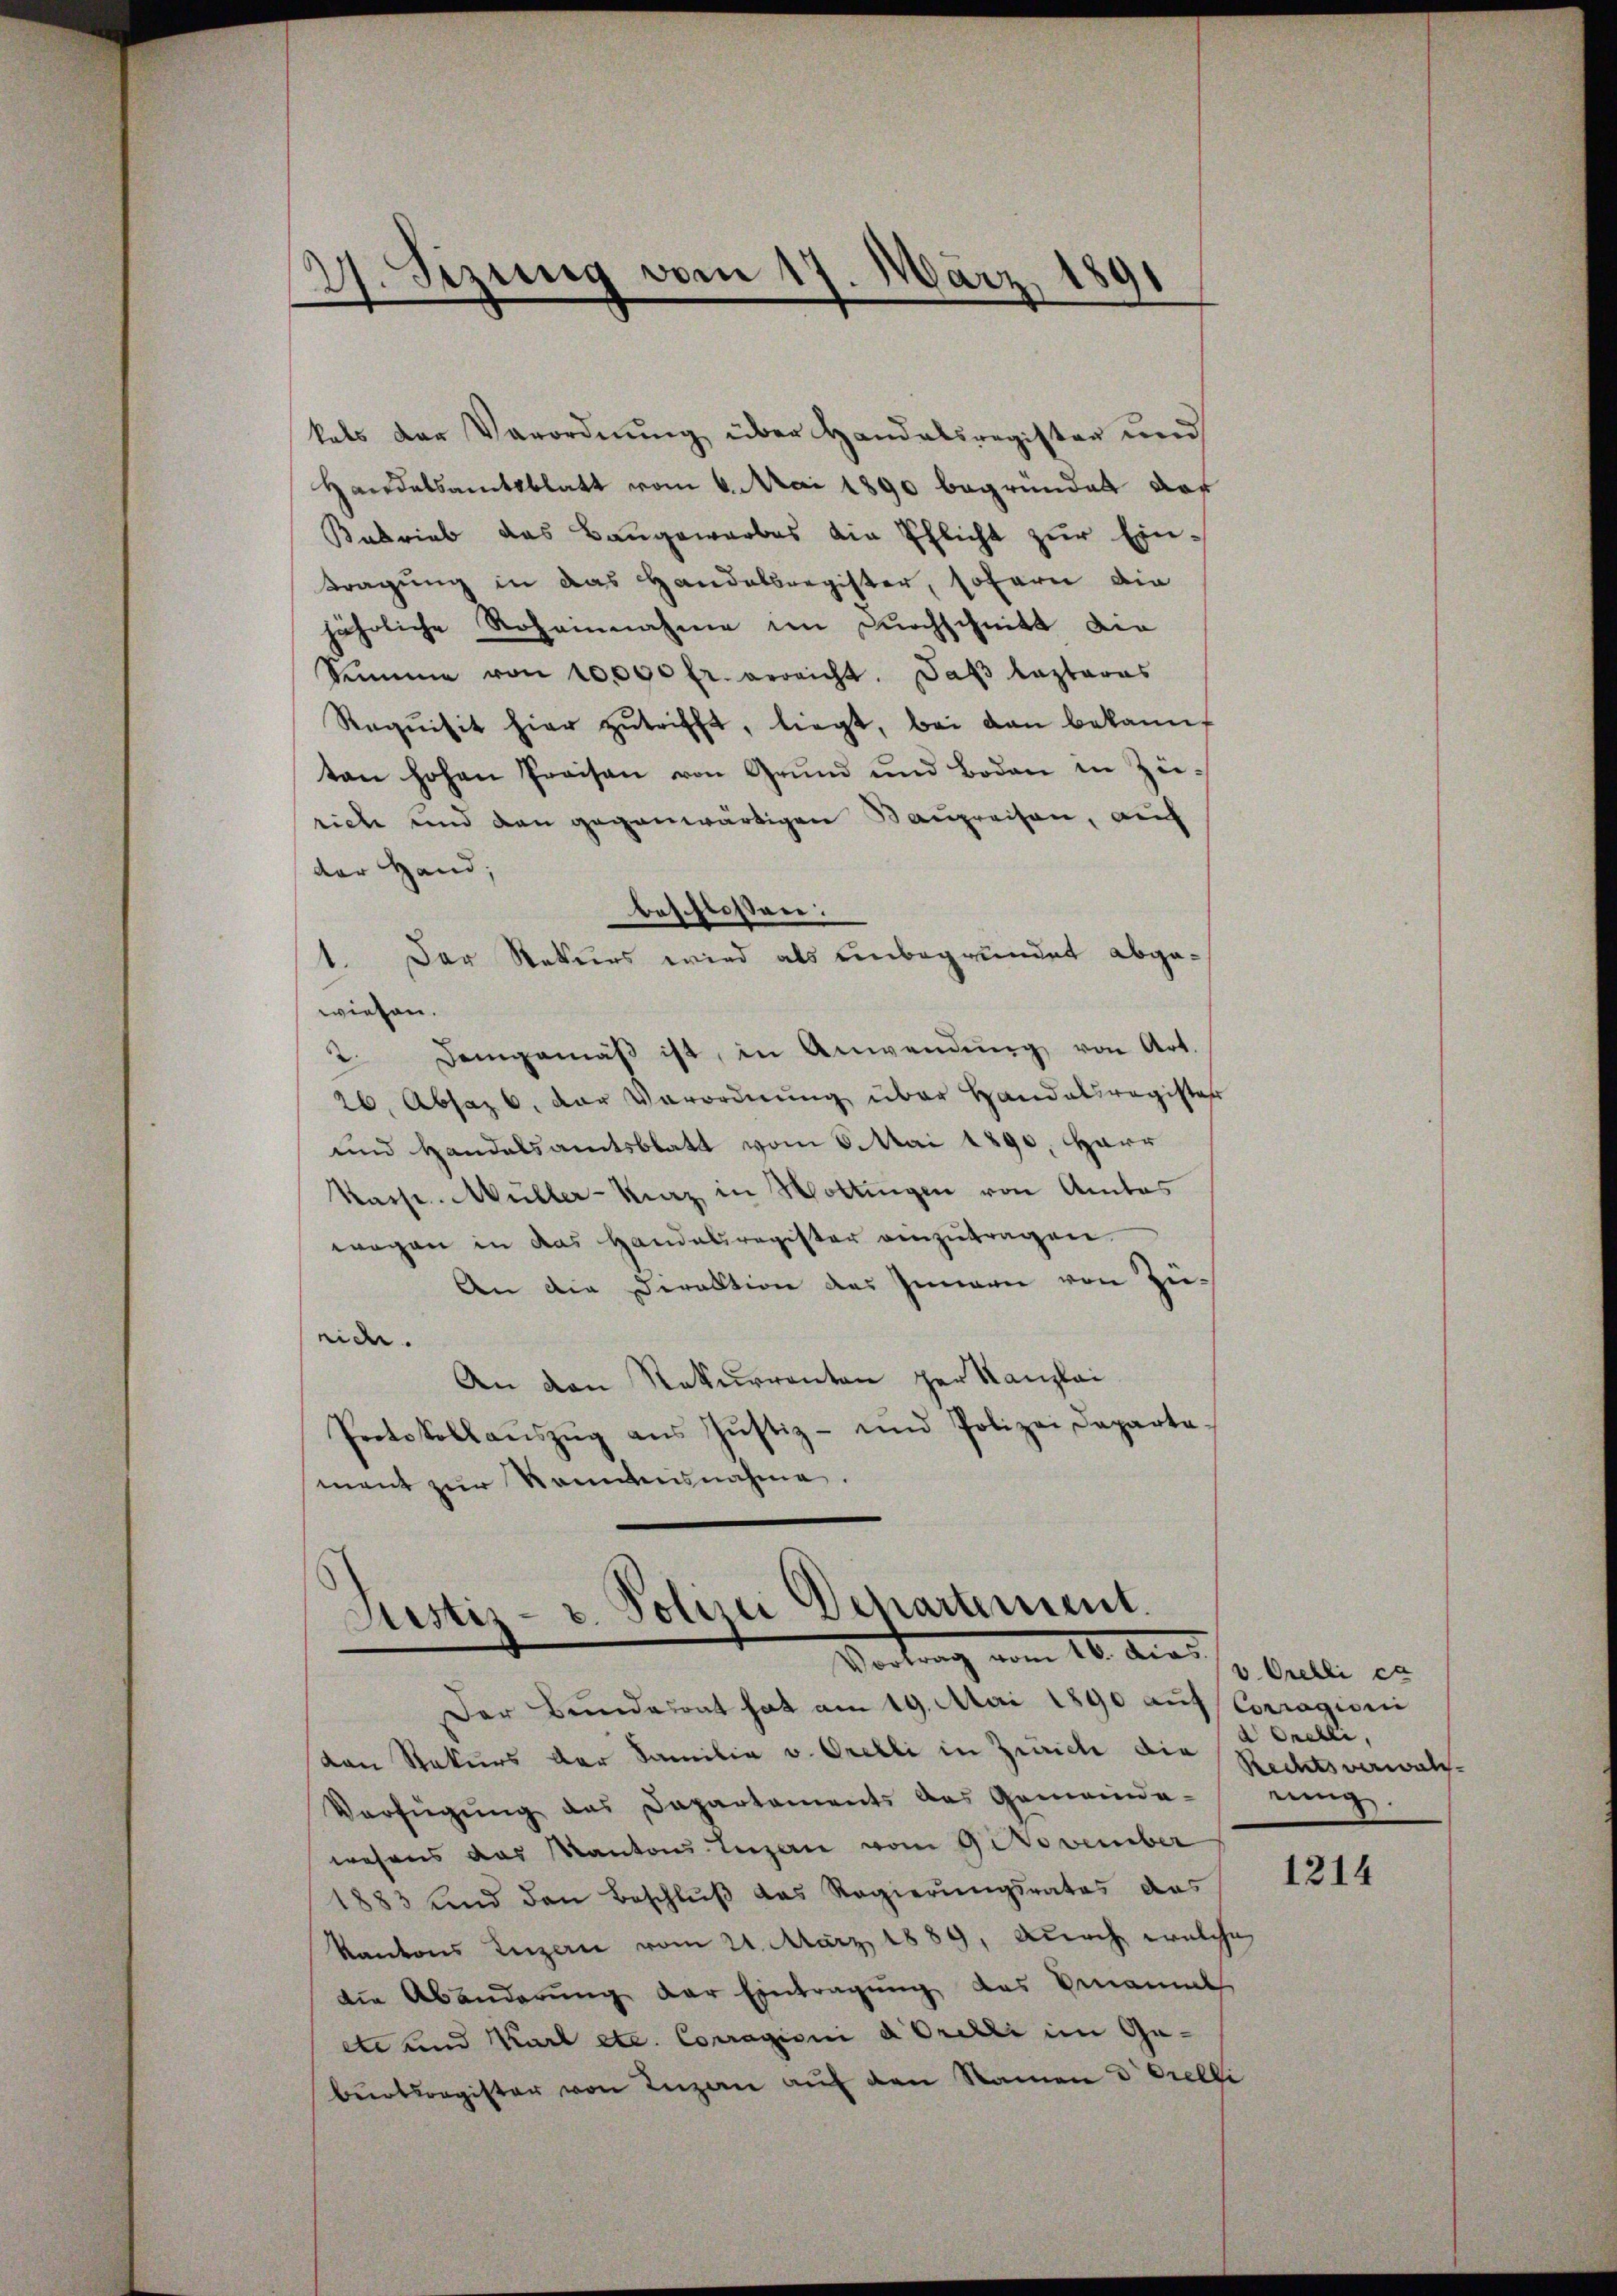
27. Sitzung vom 17. März 1891

kals der Verordnung über Handelsregister und
Handelsamtsblatt vom 6. Mai 1890 begründet das
Betrieb das Baugewarbes die Pflicht zur Ein¬
Tragung in das Handelsregister, sofern die
jährliche Roheinnahme im Durchschnitt die
Semme von 10000 fr. bereicht. Daβ Captaras
Requisit hier zŭtrifft, liegt, bei den bekannt
tan hohen Preisen von Grŭnd und Boden in Züriche und den gegenwärtigen Baupreisen, auf
der Hand,
beschlossen:
1. Der Rekurs wird als unbegründet abgewiesen.
2. Demgemäß ist, in Anwendung von Art.
26. Absaz 6. der Verordnung über Handelsregister
und Handalsamtsblatt vom 6. Mai 1890. Harr
Kasse. Müller-Kurz in Wottingen von Amtes
wagen in das Handelsregister einzutragen.
An die Direktion des Innern von Zürich.
An den Rekurrenten per Kanzlei
Protokollaŭszŭg aŭs Jŭstiz- und Polizei Departa-
mant zŭr Kenntnisnahme.

Justiz- u. Polizei Departement.
Vortrag vom 12. dies

Der Bundesrat hat am 19. Mai 1890 auf Corragioni
von Rekurs der Familia v. Orelli in Zürich die Rechtsverwalz-
Verfügŭng das Departaments das Gemeinde- einig.
wesens das Kantons Luzern vom 9 November
1883 und den Beschlŭβ das Regierŭngsrates das
Kantons Luzern vom 21. März 1889, durch welche
die Abänderung der Eintragung des Genannt
ete und Karl etc. Corragioni a Orelli im Geburtsregister von Luzern auf den Namen & Orelli

v. Orelli ca
dOrelli,

1214